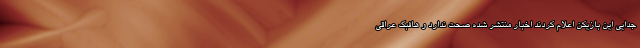
جدایی این بازیکن اعلام کردند اخبار منتشر شده صحت ندارد و هافبک عراقی